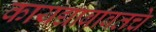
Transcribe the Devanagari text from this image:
कायद्याबाबतचे